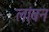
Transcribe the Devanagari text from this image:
लांबन